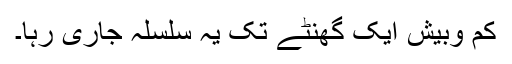
کم وبیش ایک گھنٹے تک یہ سلسلہ جاری رہا۔